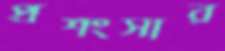
প্রশংসার